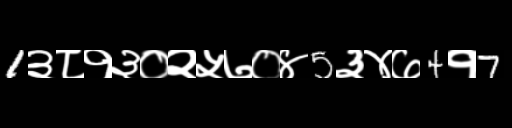
Text: 1३८१३०२५७०४5३४७4१7